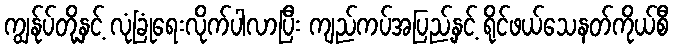
ကျွန်ုပ်တို့နှင့် လုံခြုံရေးလိုက်ပါလာပြီး ကျည်ကပ်အပြည့်နှင့် ရိုင်ဖယ်သေနတ်ကိုယ်စီ